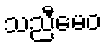
သညီမေဝ